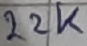
Text: 22K